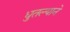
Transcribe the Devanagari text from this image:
धुतल्याने